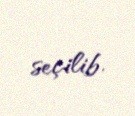
seçilib.